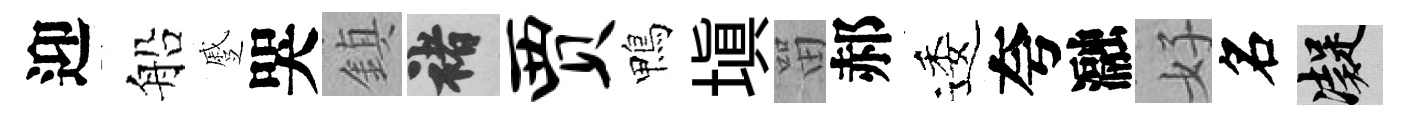
迎船蹙哭鎮褚贾鴨塡㽞郝逶夸瀜好名凝